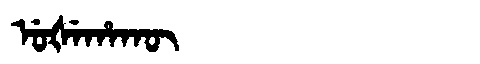
Manchu: ᡠᡧᡝᡥᠠᡴᡡ
Romanization: UŠEHAKŪ